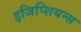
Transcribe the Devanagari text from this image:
इजिप्शियन्स